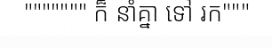
""""""" ក៏ នាំគ្នា ទៅ រក"""